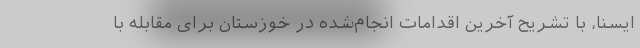
ایسنا، با تشریح آخرین اقدامات انجام‌شده در خوزستان برای مقابله با